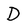
Character: D